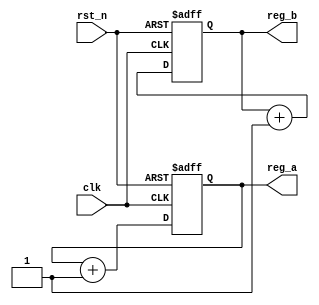
module ParameterFocusedInit #(
    parameter INITIAL_VALUE_A = 8'h00, // Default initial value for register A
    parameter INITIAL_VALUE_B = 16'h0000 // Default initial value for register B
)(
    input wire clk,          // Clock signal
    input wire rst_n,       // Active low reset signal
    output reg [7:0] reg_a, // Internal register A
    output reg [15:0] reg_b  // Internal register B
);

// Internal variables declaration
// No additional internal variables needed for this example

// Initialization block
always @(posedge clk or negedge rst_n) begin
    if (!rst_n) begin
        reg_a <= INITIAL_VALUE_A; // Initialize reg_a with parameter value
        reg_b <= INITIAL_VALUE_B; // Initialize reg_b with parameter value
    end else begin
        // Core functionality could go here
        // For example, simple increment logic
        reg_a <= reg_a + 1;
        reg_b <= reg_b + 1;
    end
end

endmodule